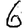
Digit: 6